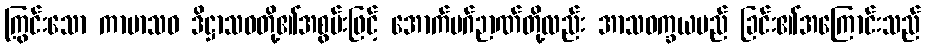
ကြွင်းသော ကာမာသဝ ဒိဋ္ဌာသဝတို့၏အစွမ်းဖြင့် အောက်မဂ်ဉာဏ်တို့လည်း အာသဝက္ခယမည် ခြင်း၏အကြောင်းသည်